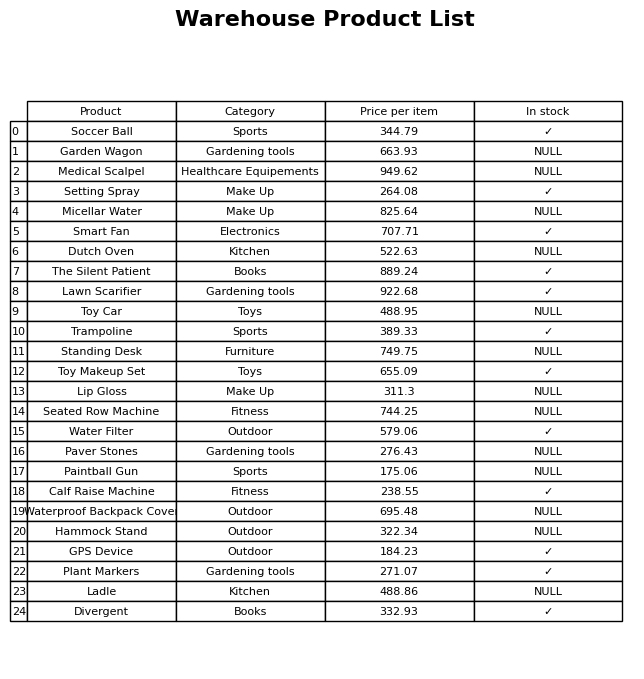
question: What is the price of the Paver Stones?
answer: The price of Paver Stones is 276.43.